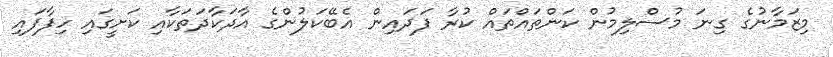
މިޒަމާނުގެ ގިނަ މުސްލިމުން ކަންތައްތައް ކުރާ ފަދައިން އެބޭކަލުންގެ އާދަކާދަތަކާއި ކަށީގައި ހިފާފައި